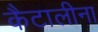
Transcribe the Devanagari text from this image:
कैटालीना